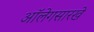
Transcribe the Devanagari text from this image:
ऑलेगसारखे